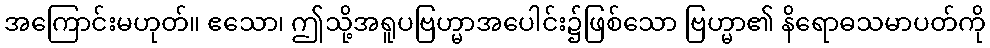
အကြောင်းမဟုတ်။ ဧသော၊ ဤသို့အရူပဗြဟ္မာအပေါင်း၌ဖြစ်သော ဗြဟ္မာ၏ နိရောဓသမာပတ်ကို